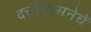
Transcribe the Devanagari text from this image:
दत्तोपासनेचें